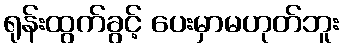
ရုန်းထွက်ခွင့် ပေးမှာမဟုတ်ဘူး